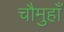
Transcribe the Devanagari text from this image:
चौमुहाँ